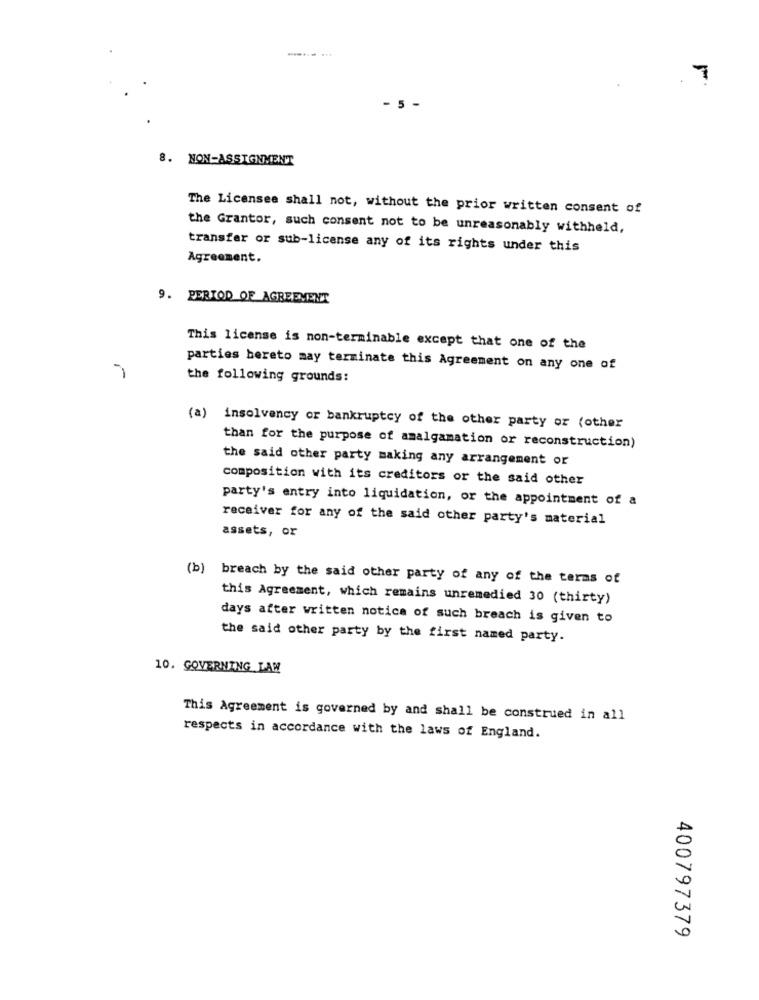
7
- 5 -
8. NON-ASSIGNMENT
The Licensee shall not, without the prior written consent of
the Grantor, such consent not to be unreasonably withheld,
transfer or sub-license any of its rights under this
Agreement.
9. PERIOD OF AGREEMENT
This license is non-terminable except that one of the
parties hereto may terminate this Agreement on any one of
the following grounds:
(a) insolvency or bankruptcy of the other party or (other
than for the purpose of amalgamation or reconstruction)
the said other party making any arrangement or
composition with its creditors or the said other
party's entry into liquidation, or the appointment of a
receiver for any of the said other party's material
assets, or
(b) breach by the said other party of any of the terms of
this Agreement, which remains unremedied 30 (thirty)
days after written notice of such breach is given to
the said other party by the first named party.
10. GOVERNING LAW
This Agreement is governed by and shall be construed in all
respects in accordance with the laws of England.
400797379